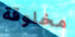
مخلوقة